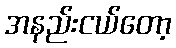
အနည်းငယ်တော့